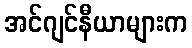
အင်ဂျင်နီယာများက